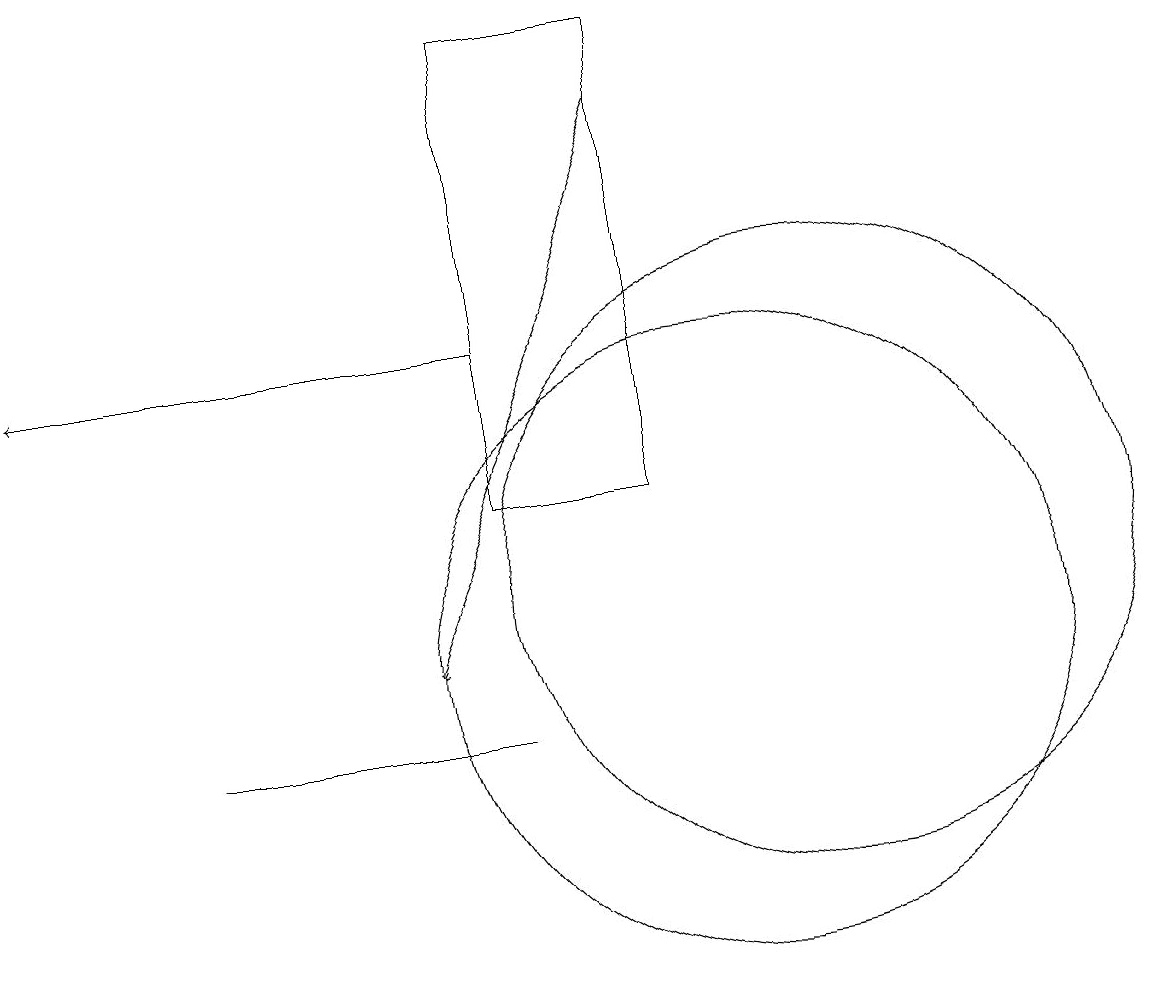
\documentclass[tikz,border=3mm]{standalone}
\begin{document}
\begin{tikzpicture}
\draw (7,18) rectangle (9,12);
\draw (10,10) circle (4);
\draw (11,11) circle (4);
\draw[->] (7,14) -- (1,14);
\draw[->] (9,17) -- (6,10);
\draw (7,9) -- (5,9) -- (3,9) -- cycle;
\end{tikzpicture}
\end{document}